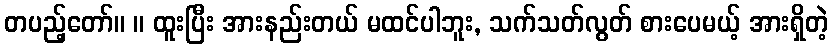
တပည့်တော်။ ။ ထူးပြီး အားနည်းတယ် မထင်ပါဘူး, သက်သတ်လွတ် စားပေမယ့် အားရှိတဲ့